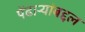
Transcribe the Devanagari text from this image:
पेंढाऱ्यांबद्दल